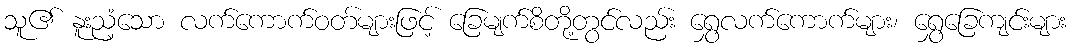
သူ၏ နူးညံ့သော လက်ကောက်ဝတ်များဖြင့် ခြေမျက်စိတို့တွင်လည်း ရွှေလက်ကောက်များ၊ ရွှေခြေကျင်းများ